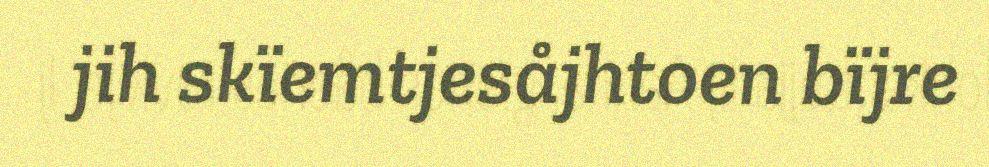
jih skïemtjesåjhtoen bïjre